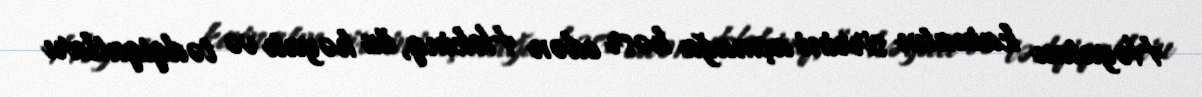
Həyatını kainatın sirrini açmağa həsr edən Hokinq, öz həyatı və tədqiqatları